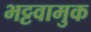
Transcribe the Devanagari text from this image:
भट्टवामुक